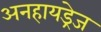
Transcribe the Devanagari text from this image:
अनहायड्रेज